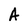
Character: A